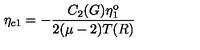
\eta _ { c 1 } = - \frac { C _ { 2 } ( G ) \eta _ { 1 } ^ { \mathrm { o } } } { 2 ( \mu - 2 ) T ( R ) }